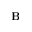
\mathbf { B }